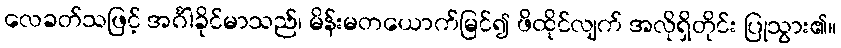
လေခတ်သဖြင့် အင်္ဂါခိုင်မာသည်၊ မိန်းမတယောက်မြင်၍ ဖိထိုင်လျက် အလိုရှိတိုင်း ပြုသွား၏။